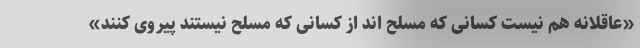
«عاقلانه هم نیست کسانی که مسلح اند از کسانی که مسلح نیستند پیروی کنند»